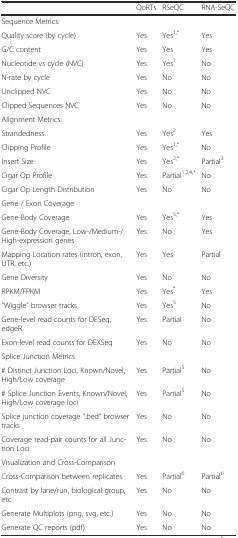
|  | QoRTs | RSeQC | RNA-SeQC |
 | --- | --- | --- | --- |
 | Sequence Metrics: |  |  |  |
 | Quality score (by cycle) | Yes | Yes1,* | Yes |
 | G/C content | Yes | Yes | Yes |
 | Nucleotide vs cycle (NVC) | Yes | Yes1 | No |
 | N-rate by cycle | Yes | No | No |
 | Unclipped NVC | Yes | No | No |
 | Clipped Sequences NVC | Yes | No | No |
 | Alignment Metrics: |  |  |  |
 | Strandedness | Yes | Yes2 | Yes |
 | Clipping Profile | Yes | Yes1,* | No |
 | Insert Size | Yes | Yes2,* | Partial3 |
 | Cigar Op Profile | Yes | Partial1,2,4,* | No |
 | Cigar Op Length Distribution | Yes | No | No |
 | Gene / Exon Coverage |  |  |  |
 | Gene-Body Coverage | Yes | Yes5,* | Yes |
 | Gene-Body Coverage, Low-/Medium-/High-expression genes | Yes | No | Yes |
 | Mapping Location rates (intron, exon, UTR, etc.) | Yes | Yes | Partial |
 | Gene Diversity | Yes | No | No |
 | RPKM/FPKM | Yes | Yes* | Yes |
 | “Wiggle” browser tracks | Yes | Yes5 | No |
 | Gene-level read counts for DESeq, edgeR | Yes | Partial | No |
 | Exon-level read counts for DEXSeq | Yes | No | No |
 | Splice Junction Metrics |  |  |  |
 | # Distinct Junction Loci, Known/Novel, High/Low coverage | Yes | Partial5 | No |
 | # Splice Junction Events, Known/Novel, High/Low coverage loci | Yes | Partial5 | No |
 | Splice junction coverage “.bed” browser tracks | Yes | No | No |
 | Coverage read-pair counts for all Junction Loci | Yes | No | No |
 | Visualization and Cross-Comparison |  |  |  |
 | Cross-Comparison between replicates | Yes | Partial6 | Partial6 |
 | Contrast by lane/run, biological group, etc. | Yes | No | No |
 | Generate Multiplots (png, svg, etc.) | Yes | No | No |
 | Generate QC reports (pdf) | Yes | No | No |